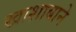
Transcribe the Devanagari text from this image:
खाशाबाने